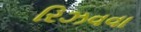
રિઝવવા